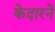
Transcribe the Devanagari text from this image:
केदारने